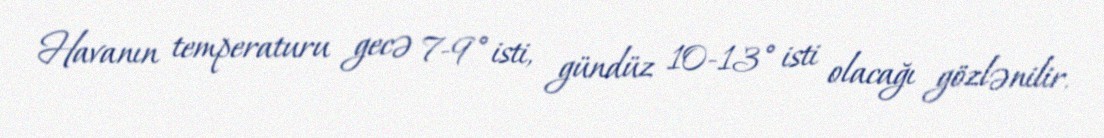
Havanın temperaturu gecə 7-9° isti, gündüz 10-13° isti olacağı gözlənilir.